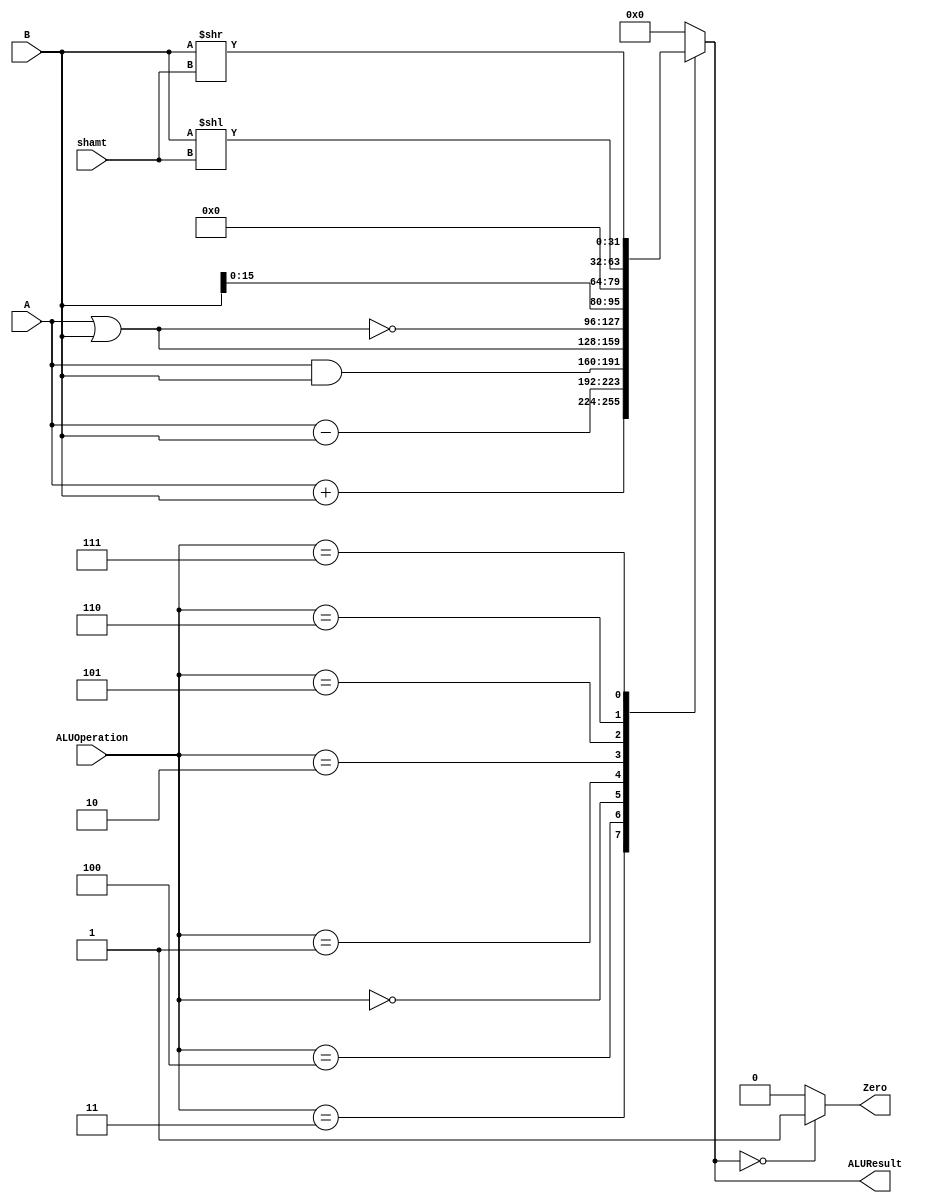
/******************************************************************
* Description
*	This is an 32-bit arithetic logic unit that can execute the next set of operations:
*		add
*		sub
*		or
*		and
*		nor
* This ALU is written by using behavioral description.
* Version:
*	1.0
* Author:
*	Dr. Jos Luis Pizano Escalante
* email:
*	luispizano@iteso.mx
* Date:
*	01/03/2014
******************************************************************/

module ALU 
(
	input [3:0] ALUOperation,
	input [31:0] A,
	input [31:0] B,
	input [4:0] shamt,
	output reg Zero,
	output reg [31:0]ALUResult
);
localparam AND = 4'b0000;
localparam OR  = 4'b0001;
localparam NOR = 4'b0010;
localparam ADD = 4'b0011;
localparam SUB = 4'b0100;
localparam LUI = 4'b0101;
localparam SLL = 4'b0110;
localparam SRL = 4'b0111;

   
   always @ (A or B or ALUOperation)
     begin
		case (ALUOperation)
		  ADD: // add
			ALUResult=A + B;
		  SUB: // sub
			ALUResult=A - B;
		  AND: // and
			ALUResult= A & B;
		  OR: // or
			ALUResult= A | B;
		  NOR: // nor
			ALUResult= ~(A|B);
		  LUI: // lui
		   ALUResult= {B, 16'b0};
		  SLL:
		   ALUResult= B << shamt;
		  SRL:
		   ALUResult= B >> shamt;
		default:
			ALUResult= 0;
		endcase // case(control)
		Zero = (ALUResult==0) ? 1'b1 : 1'b0;
     end // always @ (A or B or control)
endmodule // ALU